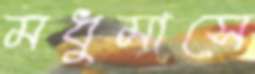
মধুমাসে